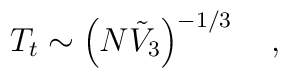
T_t \sim \left(N{\tilde{V}}_3\right)^{-1/3} \quad ,